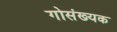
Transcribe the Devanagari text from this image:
गोसंख्यक